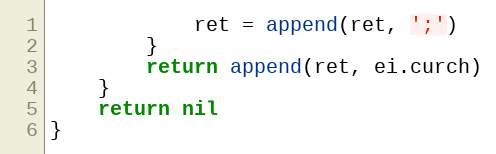
Language: Go
			ret = append(ret, ';')
		}
		return append(ret, ei.curch)
	}
	return nil
}